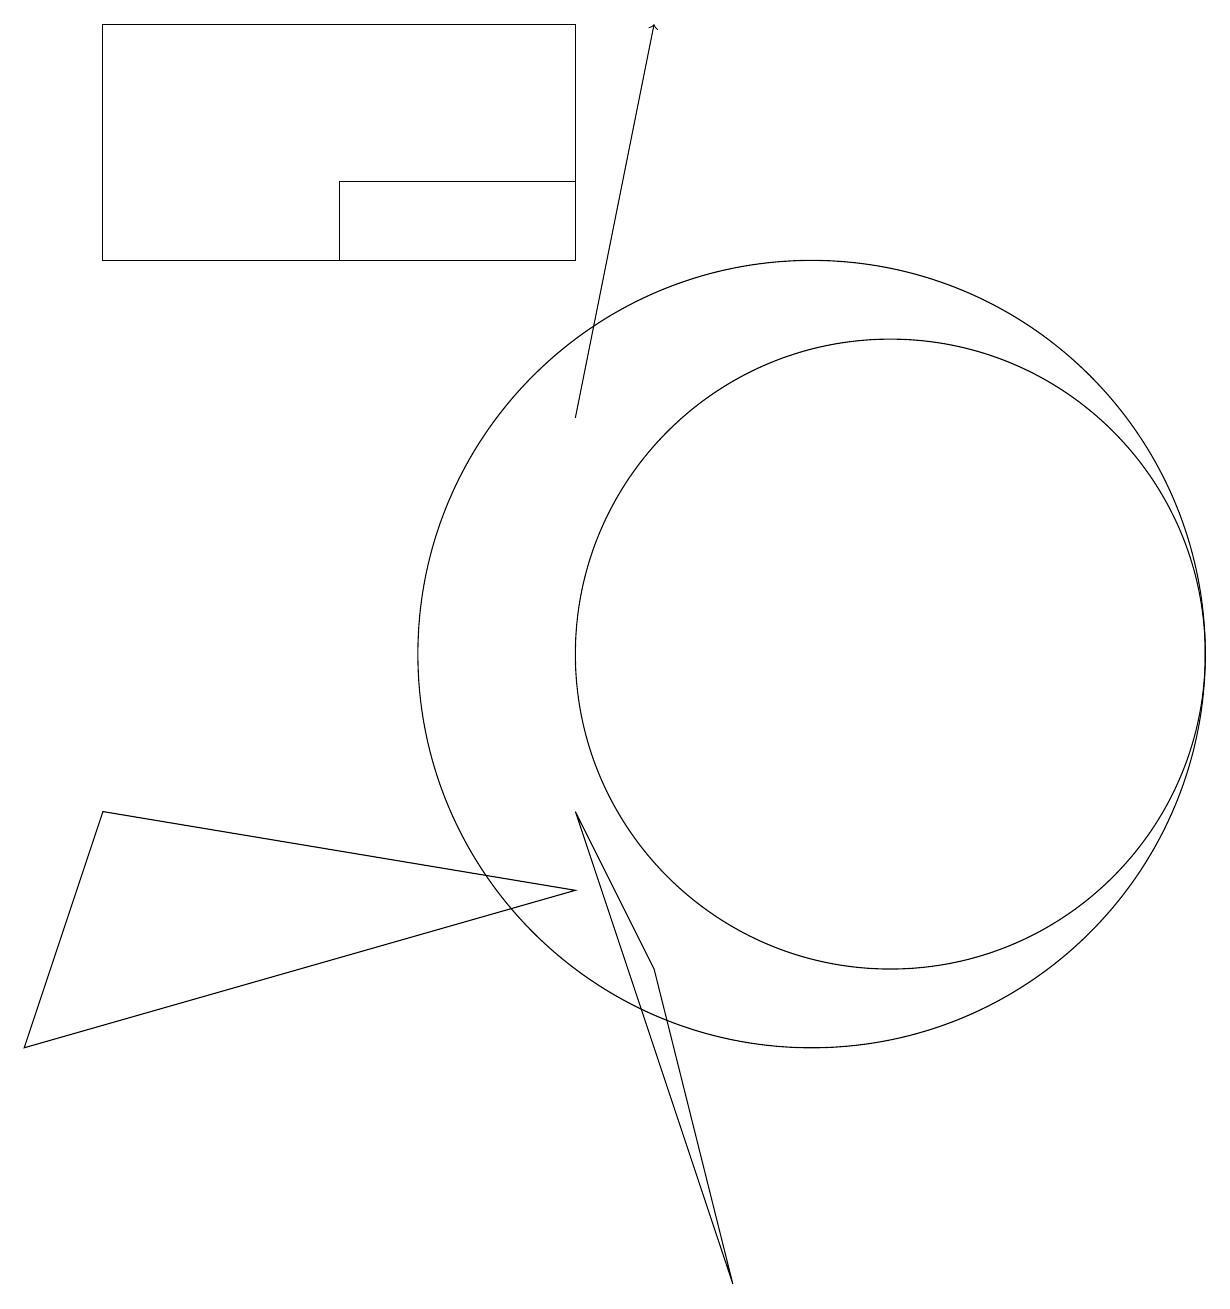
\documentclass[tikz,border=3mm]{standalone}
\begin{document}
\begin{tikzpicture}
\draw (4,16) rectangle (7,17);
\draw (7,19) rectangle (1,16);
\draw[->] (7,14) -- (8,19);
\draw (10,11) circle (5);
\draw (7,9) -- (9,3) -- (8,7) -- cycle;
\draw (11,11) circle (4);
\draw (0,6) -- (1,9) -- (7,8) -- cycle;
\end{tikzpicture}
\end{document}